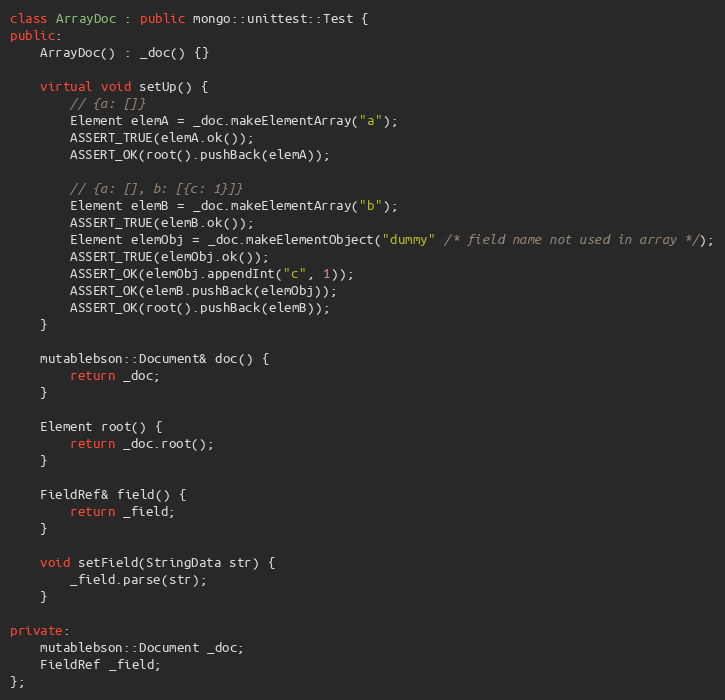
Language: C++
class ArrayDoc : public mongo::unittest::Test {
public:
    ArrayDoc() : _doc() {}

    virtual void setUp() {
        // {a: []}
        Element elemA = _doc.makeElementArray("a");
        ASSERT_TRUE(elemA.ok());
        ASSERT_OK(root().pushBack(elemA));

        // {a: [], b: [{c: 1}]}
        Element elemB = _doc.makeElementArray("b");
        ASSERT_TRUE(elemB.ok());
        Element elemObj = _doc.makeElementObject("dummy" /* field name not used in array */);
        ASSERT_TRUE(elemObj.ok());
        ASSERT_OK(elemObj.appendInt("c", 1));
        ASSERT_OK(elemB.pushBack(elemObj));
        ASSERT_OK(root().pushBack(elemB));
    }

    mutablebson::Document& doc() {
        return _doc;
    }

    Element root() {
        return _doc.root();
    }

    FieldRef& field() {
        return _field;
    }

    void setField(StringData str) {
        _field.parse(str);
    }

private:
    mutablebson::Document _doc;
    FieldRef _field;
};